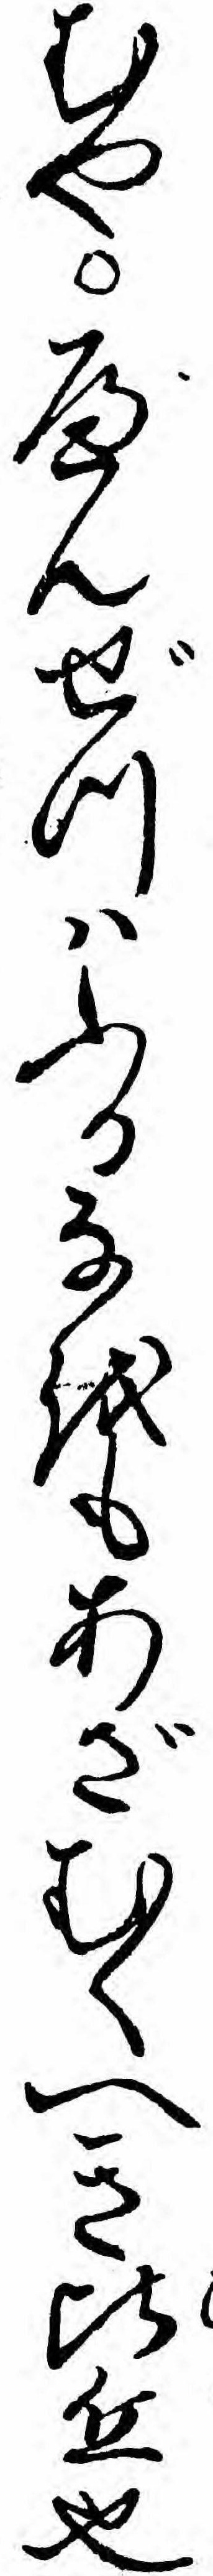
むやべんぜつハふるなをもあざむくへき比丘也